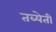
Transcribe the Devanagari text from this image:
तब्येती